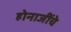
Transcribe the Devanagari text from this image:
होनाजींचे